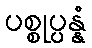
ပစ္စုပ္ပန္နံ